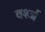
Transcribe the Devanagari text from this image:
वर्श्ज